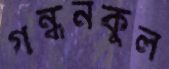
গন্ধনকুল